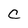
Character: C